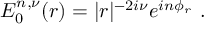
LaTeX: E _ { 0 } ^ { n , \nu } ( r ) = | r | ^ { - 2 i \nu } e ^ { i n \phi _ { r } } \ .